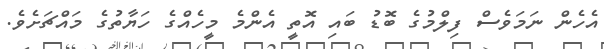
އެހެން ނަމަވެސް ފިލްމުގެ ބޮޑު ބައި އޮތީ އެންމެ މީހެއްގެ ހަޔާތުގެ މައްޗަށެވެ.